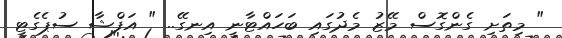
" މިތަށި ގެންގޮސް މޭޒު މެދުގައި ބަހައްޓާނީ އިނގޭ.. " އަފްޝާ ސުޕެގެޓީ